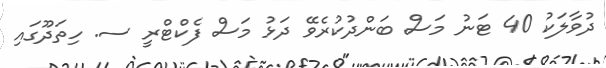
ދުވާލަކު 40 ޓަނު މަސް ބަންދުކުރެވޭ ދަޅު މަސް ފެކްޓްރީ ސ. ހިތަދޫގައި